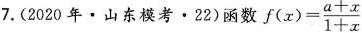
7.(2020年·山东模考·22)函数$$f(x)= \frac{a+x}{1+x}$$